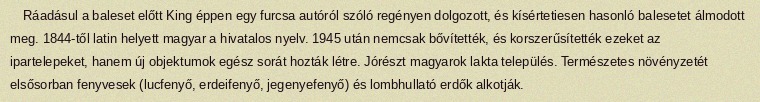
Ráadásul a baleset előtt King éppen egy furcsa autóról szóló regényen dolgozott, és kísértetiesen hasonló balesetet álmodott meg. 1844-től latin helyett magyar a hivatalos nyelv. 1945 után nemcsak bővítették, és korszerűsítették ezeket az ipartelepeket, hanem új objektumok egész sorát hozták létre. Jórészt magyarok lakta település. Természetes növényzetét elsősorban fenyvesek (lucfenyő, erdeifenyő, jegenyefenyő) és lombhullató erdők alkotják.